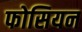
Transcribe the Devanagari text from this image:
फोसियन